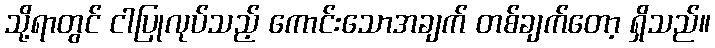
သို့ရာတွင် ငါပြုလုပ်သည့် ကောင်းသောအချက် တစ်ချက်တော့ ရှိသည်။